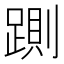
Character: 𰸠